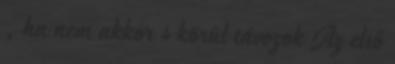
, ha nem akkor 4 körül távozok Az első